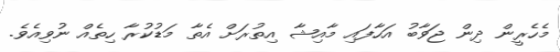
މެހެރީން ދިން ޖަވާބު އަހާފައި މާއިޝާ އިތުރަށް އެތާ މަޑުކުރާ ހިތެއް ނުވިއެވެ.